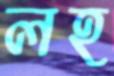
লহ